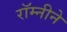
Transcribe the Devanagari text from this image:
रॉम्नीने